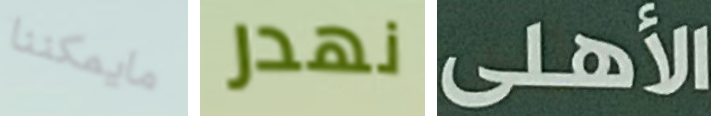
مايمكننا نهدر الأهلى